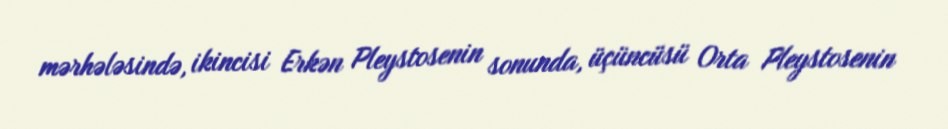
mərhələsində, ikincisi Erkən Pleystosenin sonunda, üçüncüsü Orta Pleystosenin